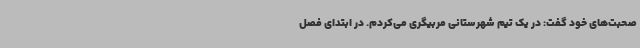
صحبت‌های خود گفت: در یک تیم شهرستانی مربیگری می‌کردم. در ابتدای فصل